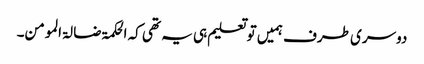
دوسری طرف ہمیں تو تعلیم ہی یہ تھی کہ الحکمۃ ضا لۃ المومن۔